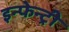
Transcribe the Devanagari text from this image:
इन्फेन्ट्री